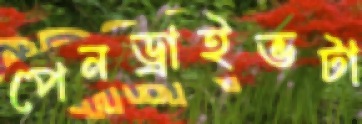
পেনড্রাইভটা